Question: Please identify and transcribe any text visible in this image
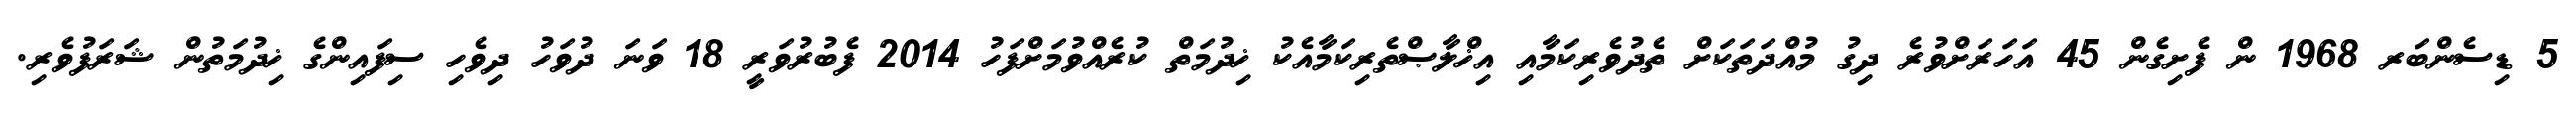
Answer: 5 ޑިސެންބަރ 1968 ން ފެށިގެން 45 އަހަރަށްވުރެ ދިގު މުއްދަތަކަށް ތެދުވެރިކަމާއި އިޚްލާޞްތެރިކަމާއެކު ޚިދުމަތް ކުރެއްވުމަށްފަހު 2014 ފެބުރުވަރީ 18 ވަނަ ދުވަހު ދިވެހި ސިފައިންގެ ޚިދުމަތުން ޝަރަފުވެރި.